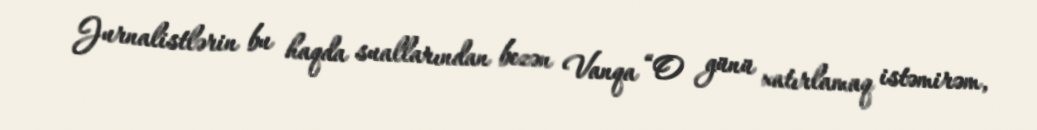
Jurnalistlərin bu haqda suallarından bezən Vanqa “O günü xatırlamaq istəmirəm,